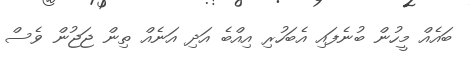
ބައެއް މީހުން ބުނެފައި އެބަހުރި އިއްބެ އަދި އަނެއް ތިން ޖަޖުން ވެސް